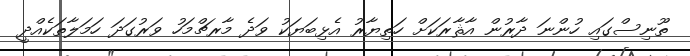
ތޫނިސްގައި ހުންނަ ދާރުން އާޘާރަކަށް ހަތިޔާރު އެޅިބަޔަކު ވަދެ މާރޗްމަހު ވަރުގަދަ ހަމަލާތަކެއްދީ